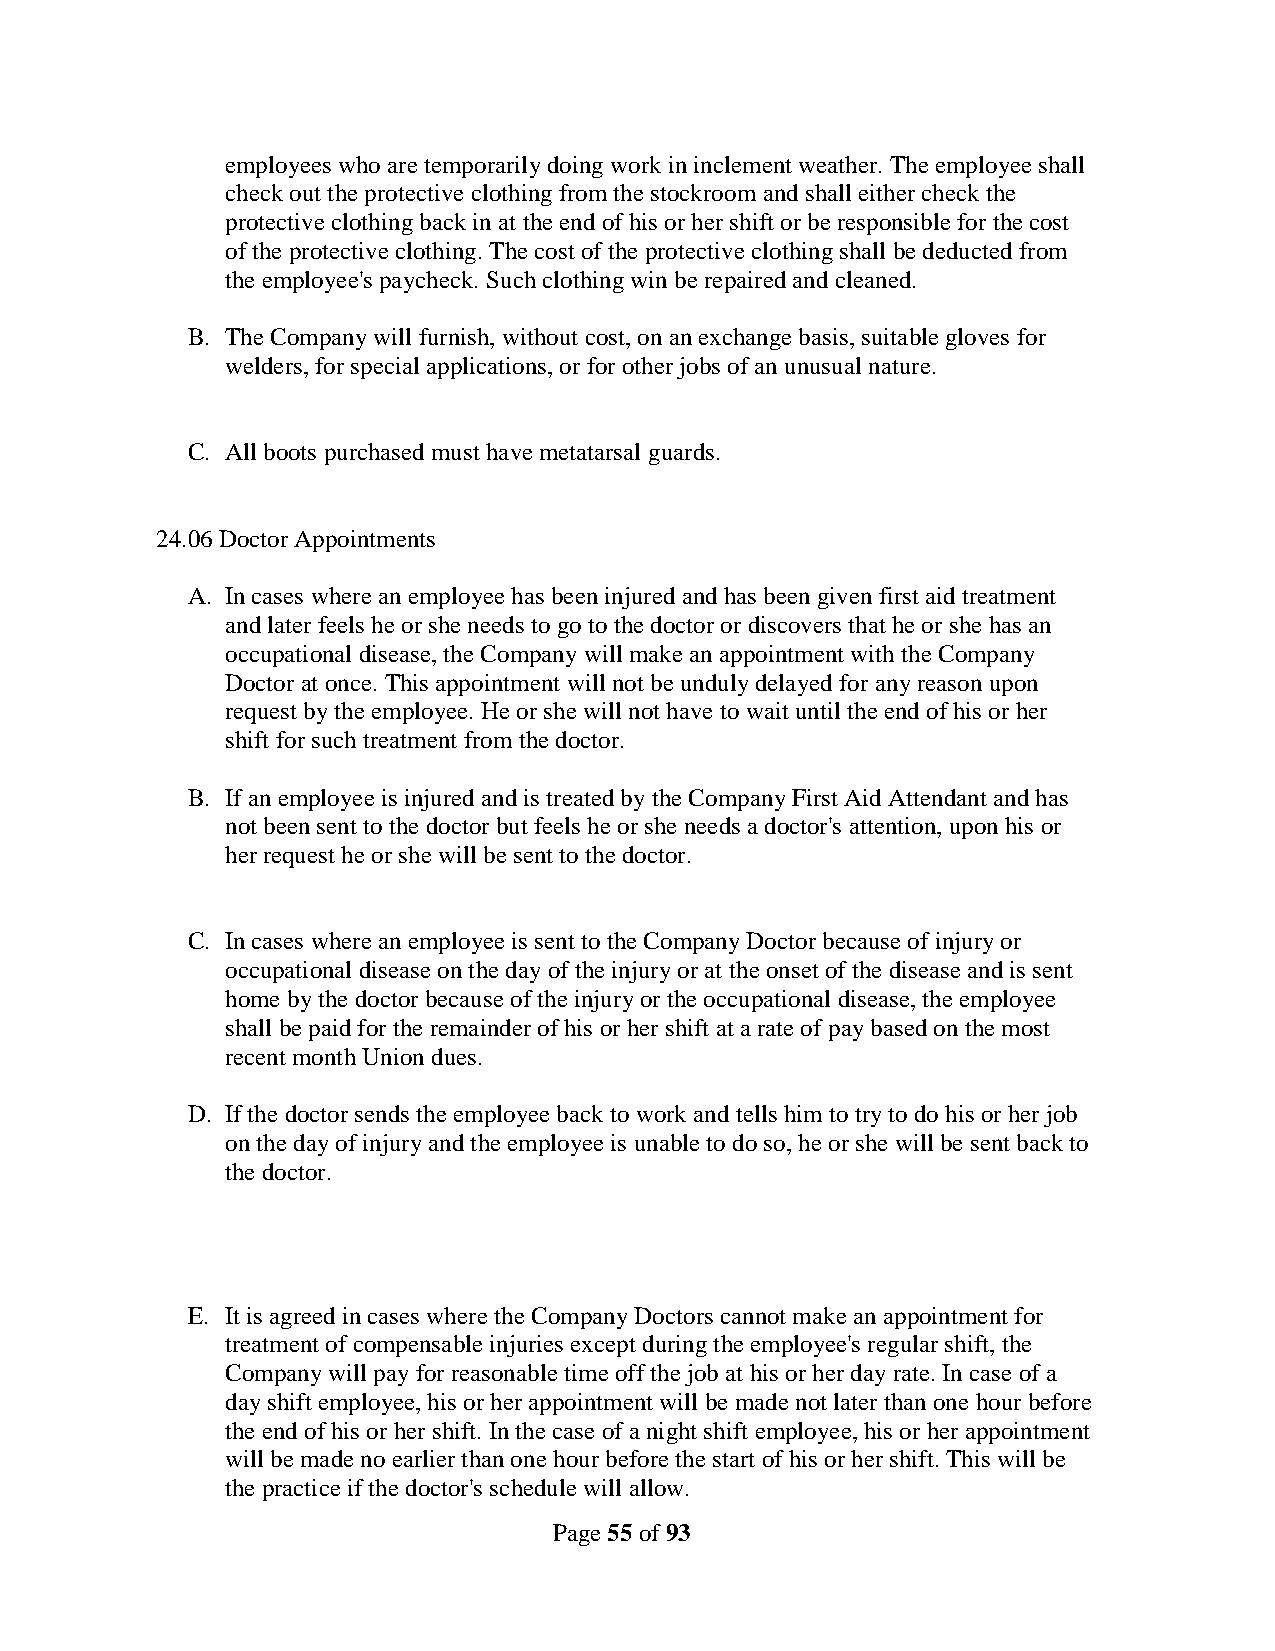
employees who are temporarily doing work in inclement weather. The employee shall
 check out the protective clothing from the stockroom and shall either check the
 protective clothing back in at the end of his or her shift or be responsible for the cost
 of the protective clothing. The cost of the protective clothing shall be deducted from
 the employee's paycheck. Such clothing win be repaired and cleaned.
 B. The Company will furnish, without cost, on an exchange basis, suitable gloves for
 welders, for special applications, or for other jobs of an unusual nature.
 C. All boots purchased must have metatarsal guards.
 24.06 Doctor Appointments
 A. In cases where an employee has been injured and has been given first aid treatment
 and later feels he or she needs to go to the doctor or discovers that he or she has an
 occupational disease, the Company will make an appointment with the Company
 Doctor at once. This appointment will not be unduly delayed for any reason upon
 request by the employee. He or she will not have to wait until the end of his or her
 shift for such treatment from the doctor.
 B. If an employee is injured and is treated by the Company First Aid Attendant and has
 not been sent to the doctor but feels he or she needs a doctor's attention, upon his or
 her request he or she will be sent to the doctor.
 C. In cases where an employee is sent to the Company Doctor because of injury or
 occupational disease on the day of the injury or at the onset of the disease and is sent
 home by the doctor because of the injury or the occupational disease, the employee
 shall be paid for the remainder of his or her shift at a rate of pay based on the most
 recent month Union dues.
 D. If the doctor sends the employee back to work and tells him to try to do his or her job
 on the day of injury and the employee is unable to do so, he or she will be sent back to
 the doctor.
 E. It is agreed in cases where the Company Doctors cannot make an appointment for
 treatment of compensable injuries except during the employee's regular shift, the
 Company will pay for reasonable time off the job at his or her day rate. In case of a
 day shift employee, his or her appointment will be made not later than one hour before
 the end of his or her shift. In the case of a night shift employee, his or her appointment
 will be made no earlier than one hour before the start of his or her shift. This will be
 the practice if the doctor's schedule will allow.
 Page 55 of 93